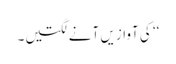
‘‘ کی آوازیں آنے لگتیں۔